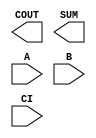
module sky130_fd_sc_ls__fah (
    COUT,
    SUM ,
    A   ,
    B   ,
    CI
);

    output COUT;
    output SUM ;
    input  A   ;
    input  B   ;
    input  CI  ;

    // Voltage supply signals
    supply1 VPWR;
    supply0 VGND;
    supply1 VPB ;
    supply0 VNB ;

endmodule